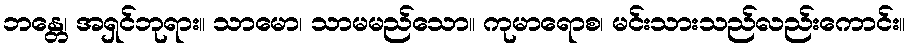
ဘန္တေ၊ အရှင်ဘုရား။ သာမော၊ သာမမည်သော။ ကုမာရောစ၊ မင်းသားသည်လည်းကောင်း။